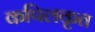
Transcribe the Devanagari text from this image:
कपिलकृत